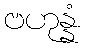
ဗဟုန္နံ